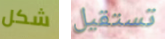
شكل تستقيل